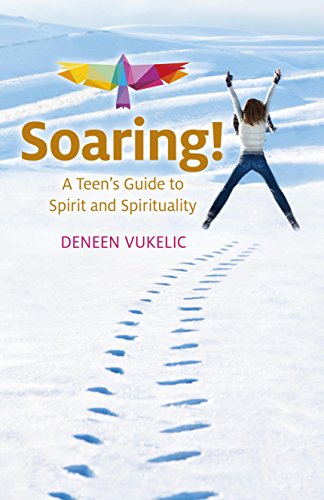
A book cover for Soaring - A Teen's Guide to Spirit and Spirituality; Deneen Vukelic; Teen & Young Adult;